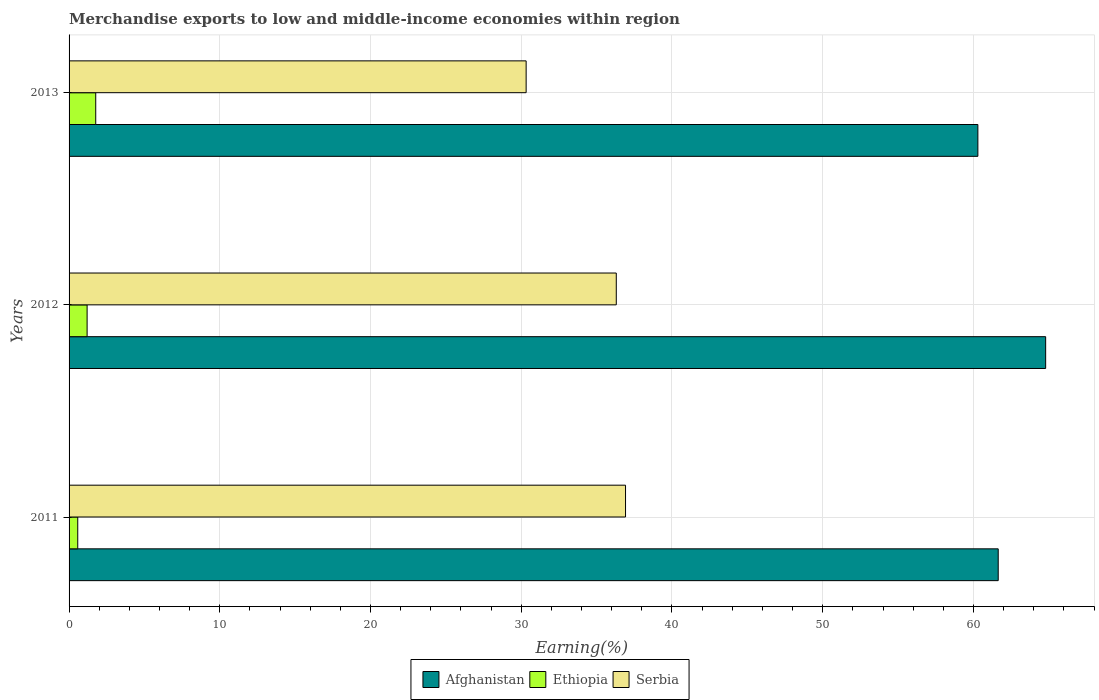
| Years | Afghanistan | Ethiopia | Serbia |
 | --- | --- | --- | --- |
 | 2011 | 61.6 | 0.575 | 36.9 |
 | 2012 | 64.8 | 1.2 | 36.3 |
 | 2013 | 60.3 | 1.77 | 30.3 |